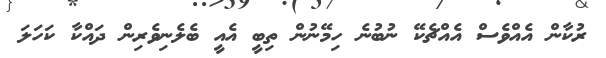
ރުކާން އެއްވެސް އެއްޗެކޭ ނުބުނެ ހިމޭނުން ތިބީ އެއީ ބެލެނިވެރިން ދައްކާ ކަހަލަ